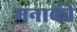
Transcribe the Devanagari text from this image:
मनाकी